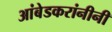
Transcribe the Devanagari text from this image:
आंबेडकरांनीनी